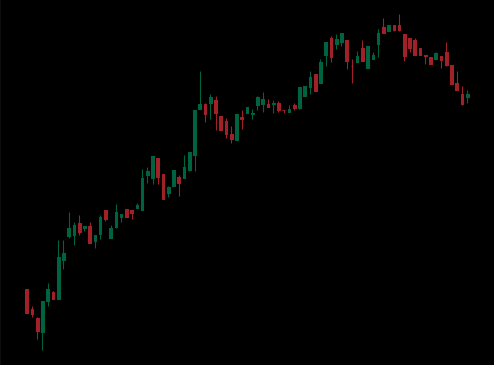
Pattern: bear_flag